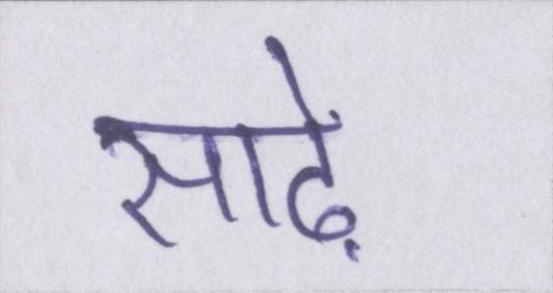
साढ़े